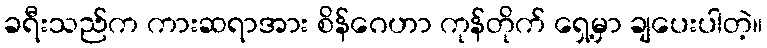
ခရီးသည်က ကားဆရာအား စိန်ဂေဟာ ကုန်တိုက် ရှေ့မှာ ချပေးပါတဲ့။